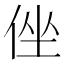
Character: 侳